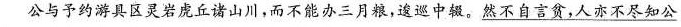
公与予约游具区灵岩虎丘诸山川，而不能办三月粮，逡巡中辍。